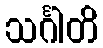
သင်္ဂါတိ